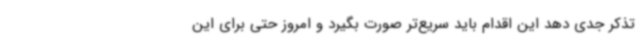
تذکر جدی دهد این اقدام باید سریع‌تر صورت بگیرد و امروز حتی برای این